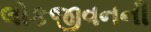
લોકજીવનની